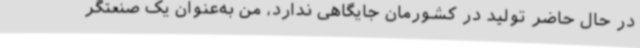
در حال حاضر تولید در کشورمان جایگاهی ندارد، من به‌عنوان یک صنعتگر